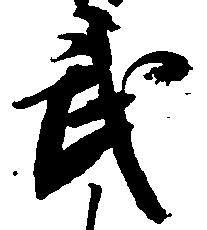
武